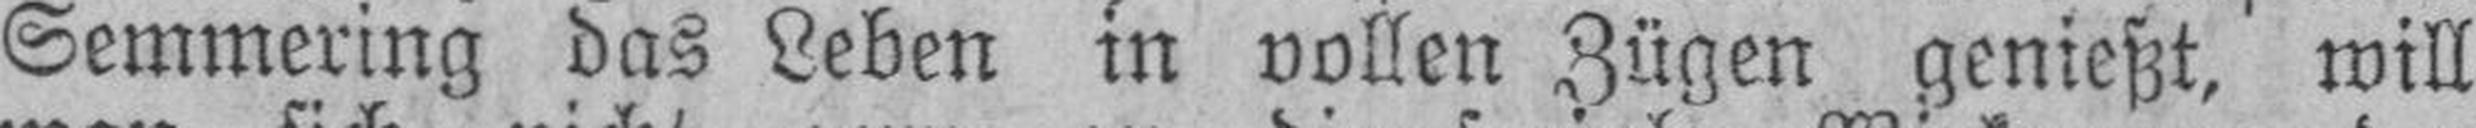
Semmering das Leben in vollen Zügen genießt, will